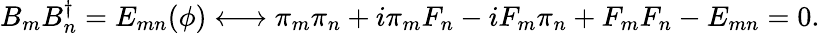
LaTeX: B_{m}B_{n}^{\dagger}=E_{mn}(\phi)\longleftrightarrow\pi_{m}\pi_{n}+i\pi_{m}F_{n}-iF_{m}\pi_{n}+F_{m}F_{n}-E_{mn}=0.